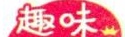
趣味